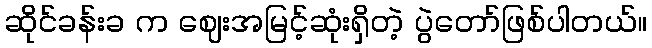
ဆိုင်ခန်းခ က ဈေးအမြင့်ဆုံးရှိတဲ့ ပွဲတော်ဖြစ်ပါတယ်။